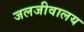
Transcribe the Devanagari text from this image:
जलजीवालय